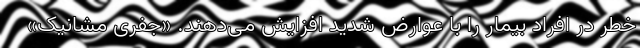
خطر در افراد بیمار را با عوارض شدید افزایش می‌دهند. «جفری مشانیک»